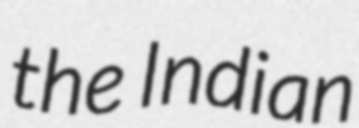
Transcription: the Indian